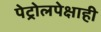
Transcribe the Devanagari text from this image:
पेट्रोलपेक्षाही